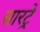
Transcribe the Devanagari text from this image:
सारट्रे